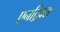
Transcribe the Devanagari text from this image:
एनट्रिक्स